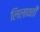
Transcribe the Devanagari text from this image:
लिलावती